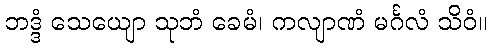
ဘဒ္ဒံ သေယျော သုဘံ ခေမံ၊ ကလျာဏံ မင်္ဂလံ သိဝံ။